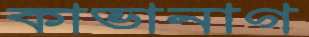
কাভানাগ